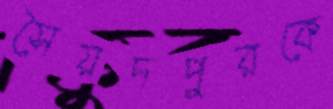
সৈয়দপুরকে